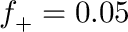
f _ { + } = 0 . 0 5